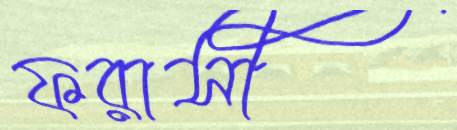
ফরাসী